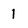
Character: 1